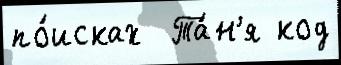
по́исках  Та́н'я код